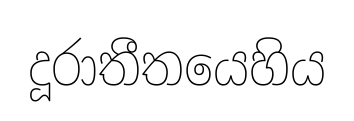
දූරාතීතයෙහිය